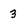
Character: 3